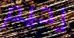
رحيم